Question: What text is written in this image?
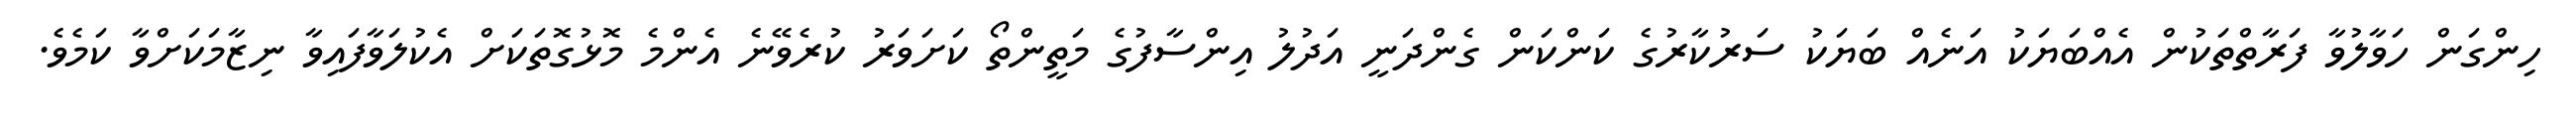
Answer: ހިންގަން ހަވާލުވާ ފަރާތްތަކުން އެއްބަޔަކު އަނެއް ބަޔަކު ސަރުކާރުގެ ކަންކަން ގެންދަނީ އަދުލު އިންސާފުގެ މަތީންތޯ ކަށަވަރު ކުރެވޭނެ އެންމެ މޮޅުގޮތަކަށް އެކުލަވާފައިވާ ނިޒާމަކަށްވާ ކަމެވެ.